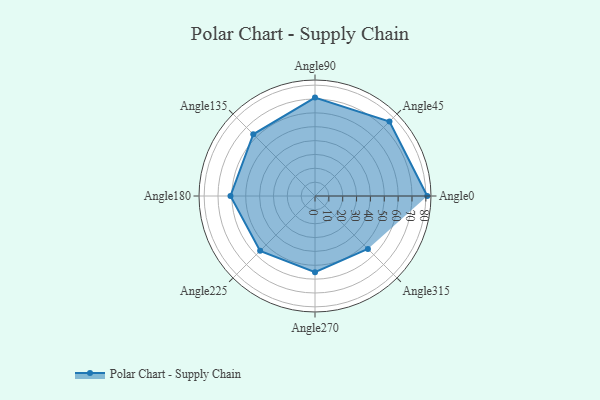
{"axis": {"x": "Angle", "y": "Radius"}, "legend": [""], "data": [{"x": "Angle0", "y": 81.0, "type": ""}, {"x": "Angle45", "y": 76.0, "type": ""}, {"x": "Angle90", "y": 71.0, "type": ""}, {"x": "Angle135", "y": 63.0, "type": ""}, {"x": "Angle180", "y": 61.0, "type": ""}, {"x": "Angle225", "y": 56.0, "type": ""}, {"x": "Angle270", "y": 55.0, "type": ""}, {"x": "Angle315", "y": 54.0, "type": ""}]}